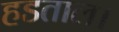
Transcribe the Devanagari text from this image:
हडताल।